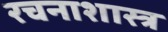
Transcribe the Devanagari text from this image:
रचनाशास्त्र